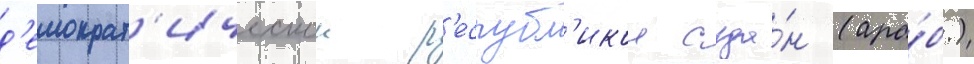
д'емократ'ическои р'еспубл'икои суда́н (ара́б.)